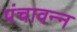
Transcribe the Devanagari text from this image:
पंचावन्‍न